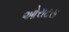
ઓરાટસ